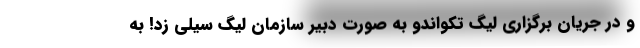
و در جریان برگزاری لیگ تکواندو به صورت دبیر سازمان لیگ سیلی زد! به